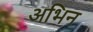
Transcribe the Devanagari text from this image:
अभिन